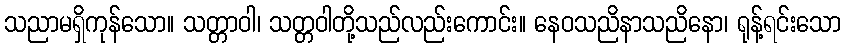
သညာမရှိကုန်သော။ သတ္တာဝါ၊ သတ္တဝါတို့သည်လည်းကောင်း။ နေဝသညိနာသညိနော၊ ရုန့်ရင်းသော